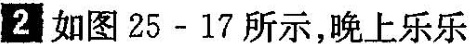
2 如图25-17所示，晚上乐乐